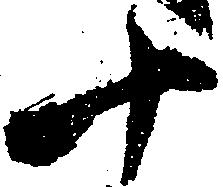
十